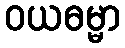
ဝယဓမ္မာ